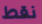
نقط